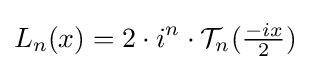
L_{n}(x)=2\cdot i^{n}\cdot {\mathcal {T}}_{n}({\tfrac {-ix}{2}})